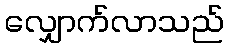
လျှောက်လာသည်